Leprosy in India: report of the Leprosy Commission in India, 1890-91
Year: 1890
Disease focus: Leprosy
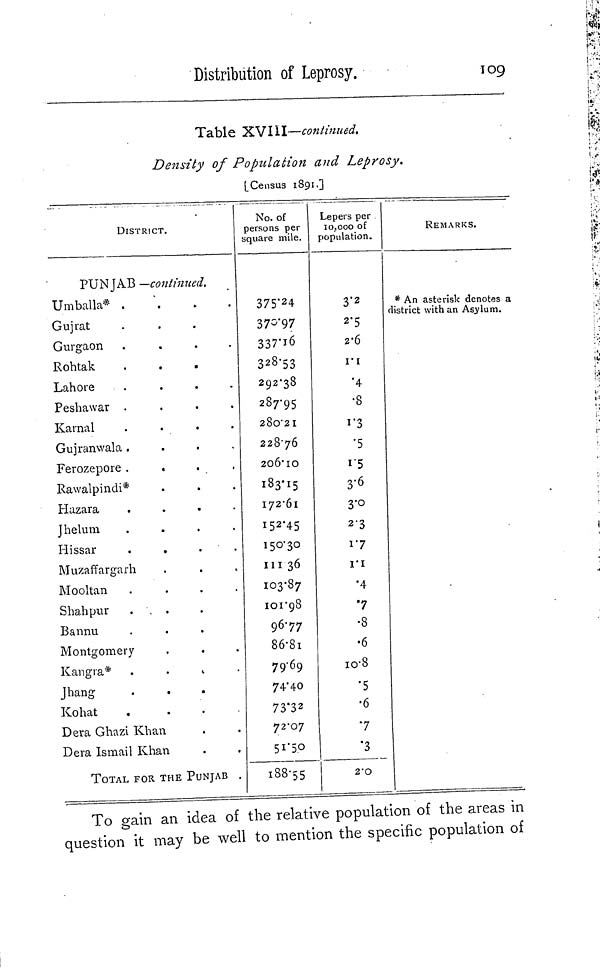
Distribution of Leprosy.
109
Table XVIII—continued,
Density of Population and Leprosy.
[Census 1891.]
DISTRICT.
PUNJAB —continued.
Umballa* .
Gujrat
Gurgaon
....
Rohtak
Lahore
....
Peshawar
....
Karnal
....
Gujranwala
....
Ferozepore
....
Rawalpindi*
Hazara
....
Jhelum
....
Hissar
....
Muzaffargarh
Mooltan
....
Shahpur
...
Bannu
Montgomery
.
.
Kangra*
...
Jhang
Kohat
....
Dera Ghazi Khan
Dera Ismail Khan
TOTAL FOR THE PUNJAB .
No. of
persons per
square mile.
375·24
370·97
337·16
328·53
292·38
287·95
280·21
228·76
206·10
183·15
172·61
152·45
150·30
III 36
103·87
101·98
96·77
86·81
79·69
74·40
73·3 2
72·07
51·50
188·55
Lepers per
10,000 of
population.
3·2
2·5
2·6
1·1
·4
•8
1·3
•5
1·5
3·6
3·0
23
1·7
1·1
·4
·7
•8
•6
10·8
•5
•6
"7
·3
2·0
REMARKS.
* An asterisk denotes a
district with an Asylum.
To gain an idea of the relative population of the areas in
question it may be well to mention the specific population of